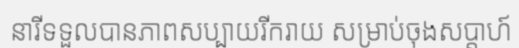
នារីទទួលបានភាពសប្បាយរីករាយ សម្រាប់ចុងសប្តាហ៍